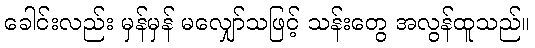
ခေါင်းလည်း မှန်မှန် မလျှော်သဖြင့် သန်းတွေ အလွန်ထူသည်။